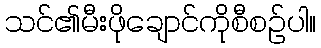
သင်၏မီးဖိုချောင်ကိုစီစဉ်ပါ။